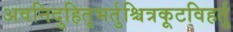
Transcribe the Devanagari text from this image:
अवनिदुहितृभर्तुश्चित्रकूटविहर्तु